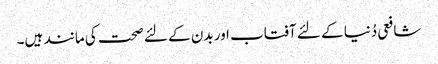
شافعی دُنیا کے لئے آفتاب اور بدن کے لئے صحت کی مانند ہیں۔